Insane asylums in Bengal annual reports 1876-1887 - 1876-1887
Year: 1876
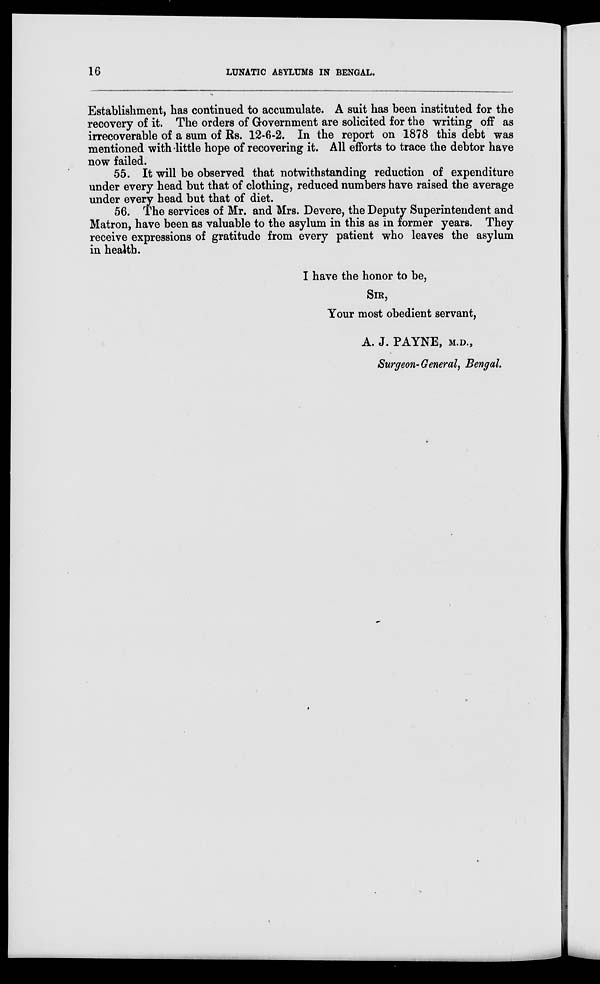
16
LUNATIC ASYLUMS IN BENGAL.
Establishment, has continued to accumulate. A suit has been instituted for the
recovery of it. The orders of Government are solicited for the writing off as
irrecoverable of a sum of Rs. 12-6-2. In the report on 1878 this debt was
mentioned with little hope of recovering it. All efforts to trace the debtor have
now failed.
55. It will be observed that notwithstanding reduction of expenditure
under every head but that of clothing, reduced numbers have raised the average
under every head but that of diet.
56. The services of Mr. and Mrs. Devere, the Deputy Superintendent and
Matron, have been as valuable to the asylum in this as in former years. They
receive expressions of gratitude from every patient who leaves the asylum
in health.
I have the honor to be,
SIR,
Your most obedient servant,
A. J. PAYNE, M.D.,
Surgeon-General, Bengal.